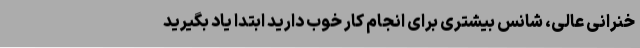
خنرانی عالی، شانس بیشتری برای انجام کار خوب دارید ابتدا یاد بگیرید